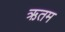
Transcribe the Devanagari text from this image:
ऋतम